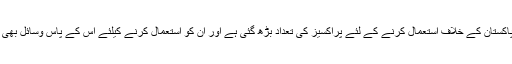
اس کے پاس پاکستان کے خلاف استعمال کرنے کے لئے پراکسیز کی تعداد بڑھ گئی ہے اور ان کو استعمال کرنے کیلئے اس کے پاس وسائل بھی بڑھ گئے ہیں۔